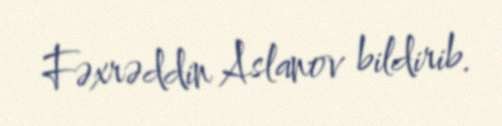
Fəxrəddin Aslanov bildirib.